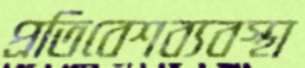
প্রতিবেশব্যবস্থা